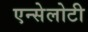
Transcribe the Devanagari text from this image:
एन्सेलोटी